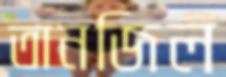
তানজিল